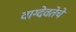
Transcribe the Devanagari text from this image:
वाग्देवतेचे